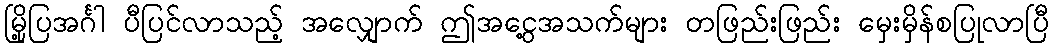
မြို့ပြအင်္ဂါ ပီပြင်လာသည့် အလျှောက် ဤအငွေ့အသက်များ တဖြည်းဖြည်း မှေးမှိန်စပြုလာပြီ